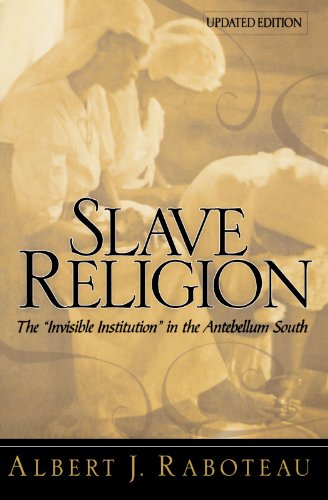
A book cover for Slave Religion: The "Invisible Institution" in the Antebellum South; Albert J. Raboteau; History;